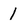
Character: 1